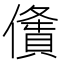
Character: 𠏤